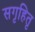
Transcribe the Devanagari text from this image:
सगृहितृ